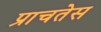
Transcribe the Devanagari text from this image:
प्राचतेस